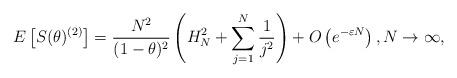
LaTeX: \begin{align*}E\left[S(\theta)^{(2)}\right] = \frac{N^2}{(1 - \theta)^2} \left(H_N^2 + \sum_{j=1}^N \frac{1}{j^2}\right) + O\left(e^{-\varepsilon N}\right),N \to \infty,\end{align*}